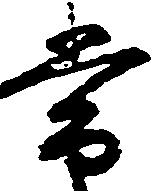
常